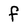
Character: f